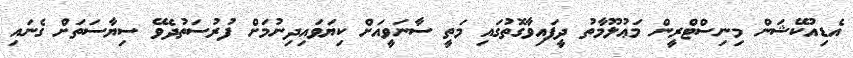
އެޑިއުކޭޝަން މިނިސްޓްރީން މަޢުލޫމާތު ދީފައިވާގޮތުގައި މަތީ ސާނަވީއަށް ކިޔަވައިދިނުމަށް ފުރުސަތުދެވޭ ސިޔާސަތަށް ގެނައި